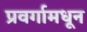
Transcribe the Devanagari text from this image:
प्रवर्गामधून